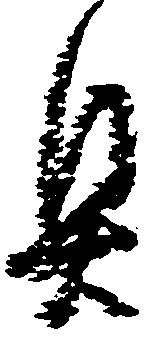
具